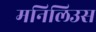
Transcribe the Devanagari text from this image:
मनिलिउस